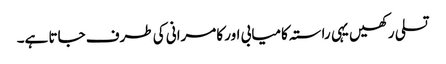
تسلی رکھیں یہی راستہ کامیابی اور کامرانی کی طرف جاتا ہے۔